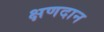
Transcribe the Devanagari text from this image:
क्षणदान